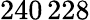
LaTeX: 240\, 228